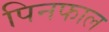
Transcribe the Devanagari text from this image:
पिनफाल